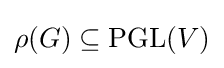
\rho (G)\subseteq \mathrm {PGL} (V)